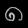
Digit: ၈